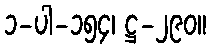
၁-ပါ-၁၅၄၊ ဋ္ဌ-၂၉၀။